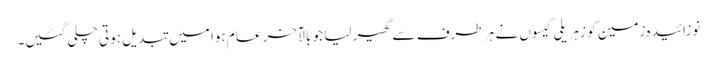
نوزائیدہ زمین کو زہریلی گیسوں نے ہر طرف سے گھیر لیا جو بالآخر عام ہوا میں تبدیل ہوتی چلی گئیں۔